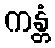
ကန္တံ